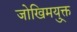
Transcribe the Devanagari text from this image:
जोखिमयु्क्त